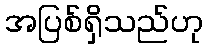
အပြစ်ရှိသည်ဟု